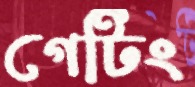
গেটিং